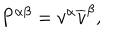
P ^ { \alpha \beta } = v ^ { \alpha } \overline { { { v } } } ^ { \beta } ,